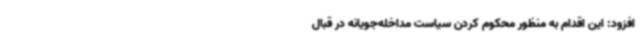
افزود: این اقدام به منظور محکوم کردن سیاست مداخله‌جویانه در قبال